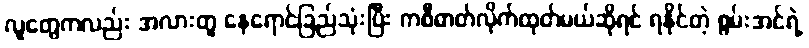
လူတွေကလည်း အလားတူ နေရောင်ခြည်သုံးပြီး ကစီဓာတ်လိုက်ထုတ်မယ်ဆိုရင် ရနိုင်တဲ့ စွမ်းအင်ရဲ့